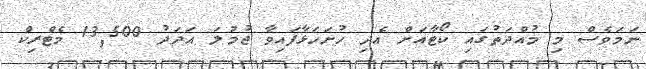
ނަމަވެސް މި މުއްދަތުގައި ކޯޓާއަށް އެދި ހުށަހަޅާފައިވާ ޖުމުލަ އަދަދު 13